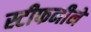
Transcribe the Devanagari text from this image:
स्टीफनीने